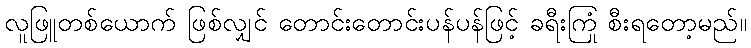
လူဖြူတစ်ယောက် ဖြစ်လျှင် တောင်းတောင်းပန်ပန်ဖြင့် ခရီးကြုံ စီးရတော့မည်။